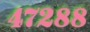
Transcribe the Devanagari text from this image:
४७२८८